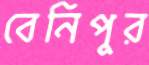
বেনিপুর